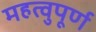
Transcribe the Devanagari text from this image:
महत्वुपूर्ण